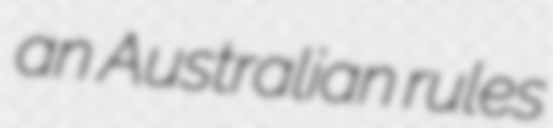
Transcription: an Australian rules